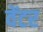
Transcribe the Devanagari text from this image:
वेंटर